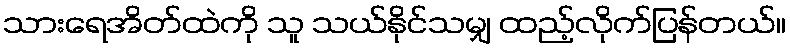
သားရေအိတ်ထဲကို သူ သယ်နိုင်သမျှ ထည့်လိုက်ပြန်တယ်။